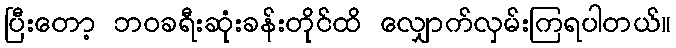
ပြီးတော့ ဘဝခရီးဆုံးခန်းတိုင်ထိ လျှောက်လှမ်းကြရပါတယ်။